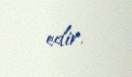
edir.